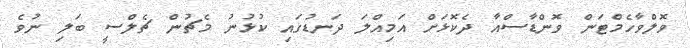
ވޮލްވާހެމްޓަން ވޮންޑާސްއާ ދެކޮޅަށް އަމިއްލަ ދަނޑުގައި ކުޅުނު މެޗުން ޗެލްސީ ބަލި ނުވެ